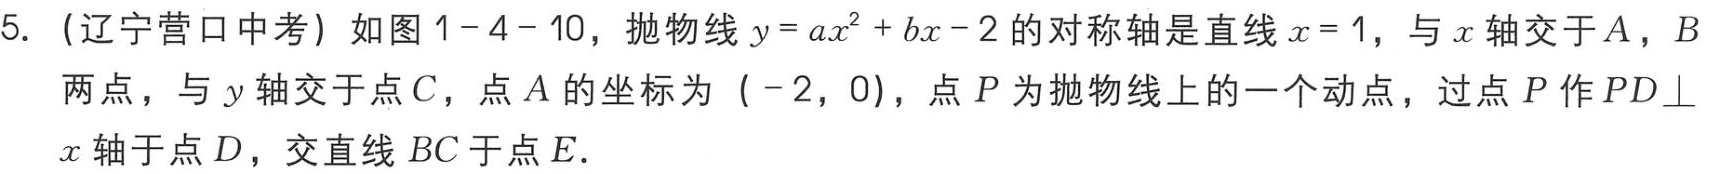
5. （辽宁营口中考）如图1-4-10，抛物线\(y = ax^{2}+bx - 2\)的对称轴是直线\(x = 1\)，与\(x\)轴交于\(A\)，\(B\)两点，与\(y\)轴交于点\(C\)，点\(A\)的坐标为\(( - 2,0)\)，点\(P\)为抛物线上的一个动点，过点\(P\)作\(PD\perp x\)轴于点\(D\)，交直线\(BC\)于点\(E\)．